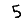
Digit: 5